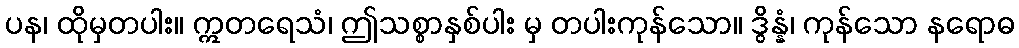
ပန၊ ထိုမှတပါး။ ဣတရေသံ၊ ဤသစ္စာနှစ်ပါး မှ တပါးကုန်သော။ ဒွိန္နံ၊ ကုန်သော နရောဓ